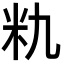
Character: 𮇃